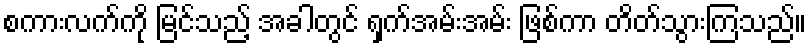
စကားလက်ကို မြင်သည့် အခါတွင် ရှက်အမ်းအမ်း ဖြစ်ကာ တိတ်သွားကြသည်။